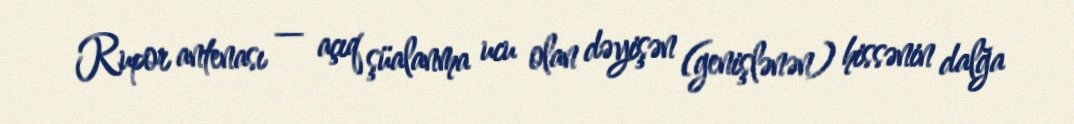
Rupor antenası — açıq şüalanma ucu olan dəyişən (genişlənən) hissənin dalğa